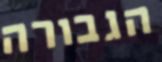
הגבורה